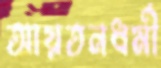
আয়তনধর্মী